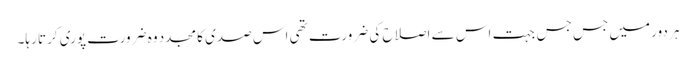
ہر دور میں جس جس جہت اس سے اصلاح کی ضرورت تھی اس صدی کا مجدد وہ ضرورت پوری کرتا رہا۔